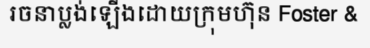
រចនាប្លង់ឡើងដោយក្រុមហ៊ុន Foster &